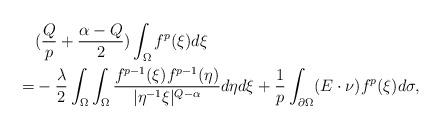
LaTeX: \begin{align*} &(\frac{Q}{p}+\frac{\alpha-Q}2)\int_{\Omega}f^{p}(\xi)d\xi \\ =& -\frac{\lambda}2 \int_{\Omega}\int_{\Omega} \frac{f^{p-1}(\xi)f^{p-1}(\eta)} {|\eta^{-1}\xi|^{Q-\alpha}}d\eta d\xi +\frac1{p}\int_{\partial \Omega}(E\cdot \nu) f^{p}(\xi)d\sigma,\end{align*}